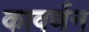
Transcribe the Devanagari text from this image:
कावर्णन